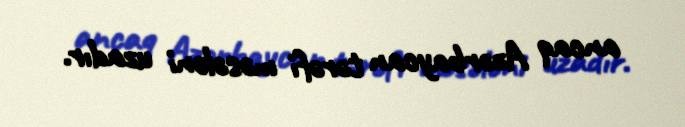
ancaq Azərbaycan tərəfi məsələni uzadır.